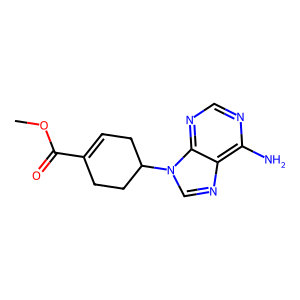
SMILES: COC(=O)C1=CCC(n2cnc3c(N)ncnc32)CC1
Inhibits HIV replication: No